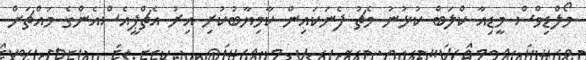
މޯލްޑިވްސް މީޑިއާ ކްލަބް ކުޅުނު މެޗު ފެނަކައިން ކާމިޔާބުކުރި އިރު އެޗްޕީއެސްއެންގެ މައްޗަށް